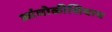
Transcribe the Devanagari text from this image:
आंघोळीशिवाय